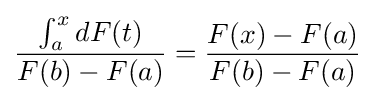
{\frac {\int _{a}^{x}dF(t)}{F(b)-F(a)}}={\frac {F(x)-F(a)}{F(b)-F(a)}}